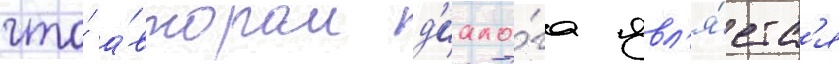
что́ а́втором д'иало́га явл'я́етс'я